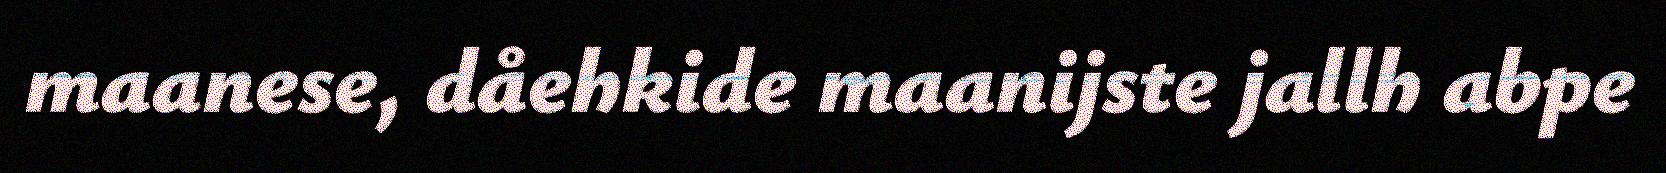
maanese, dåehkide maanijste jallh abpe